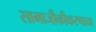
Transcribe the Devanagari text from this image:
सामाजीकीकरणाचा